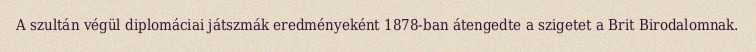
A szultán végül diplomáciai játszmák eredményeként 1878-ban átengedte a szigetet a Brit Birodalomnak.